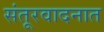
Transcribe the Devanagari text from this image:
संतूरवादनात